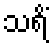
သရိံ